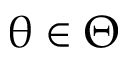
\uptheta \in \Theta